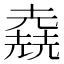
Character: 𠒶